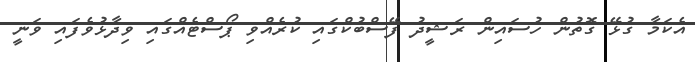
އެކަމާ ގުޅޭ ގޮތުން ހުސައިން ރަޝީދު ފޭސްބުކްގައި ކުރެއްވި ޕޯސްޓެއްގައި ވިދާޅުވެފައި ވަނީ